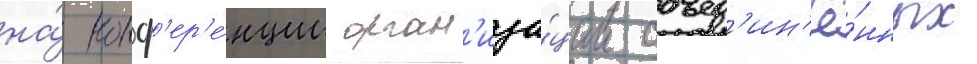
на́ конф'ер'е́нции орган'иза́ции объед'ин'ё́нных